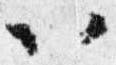
以